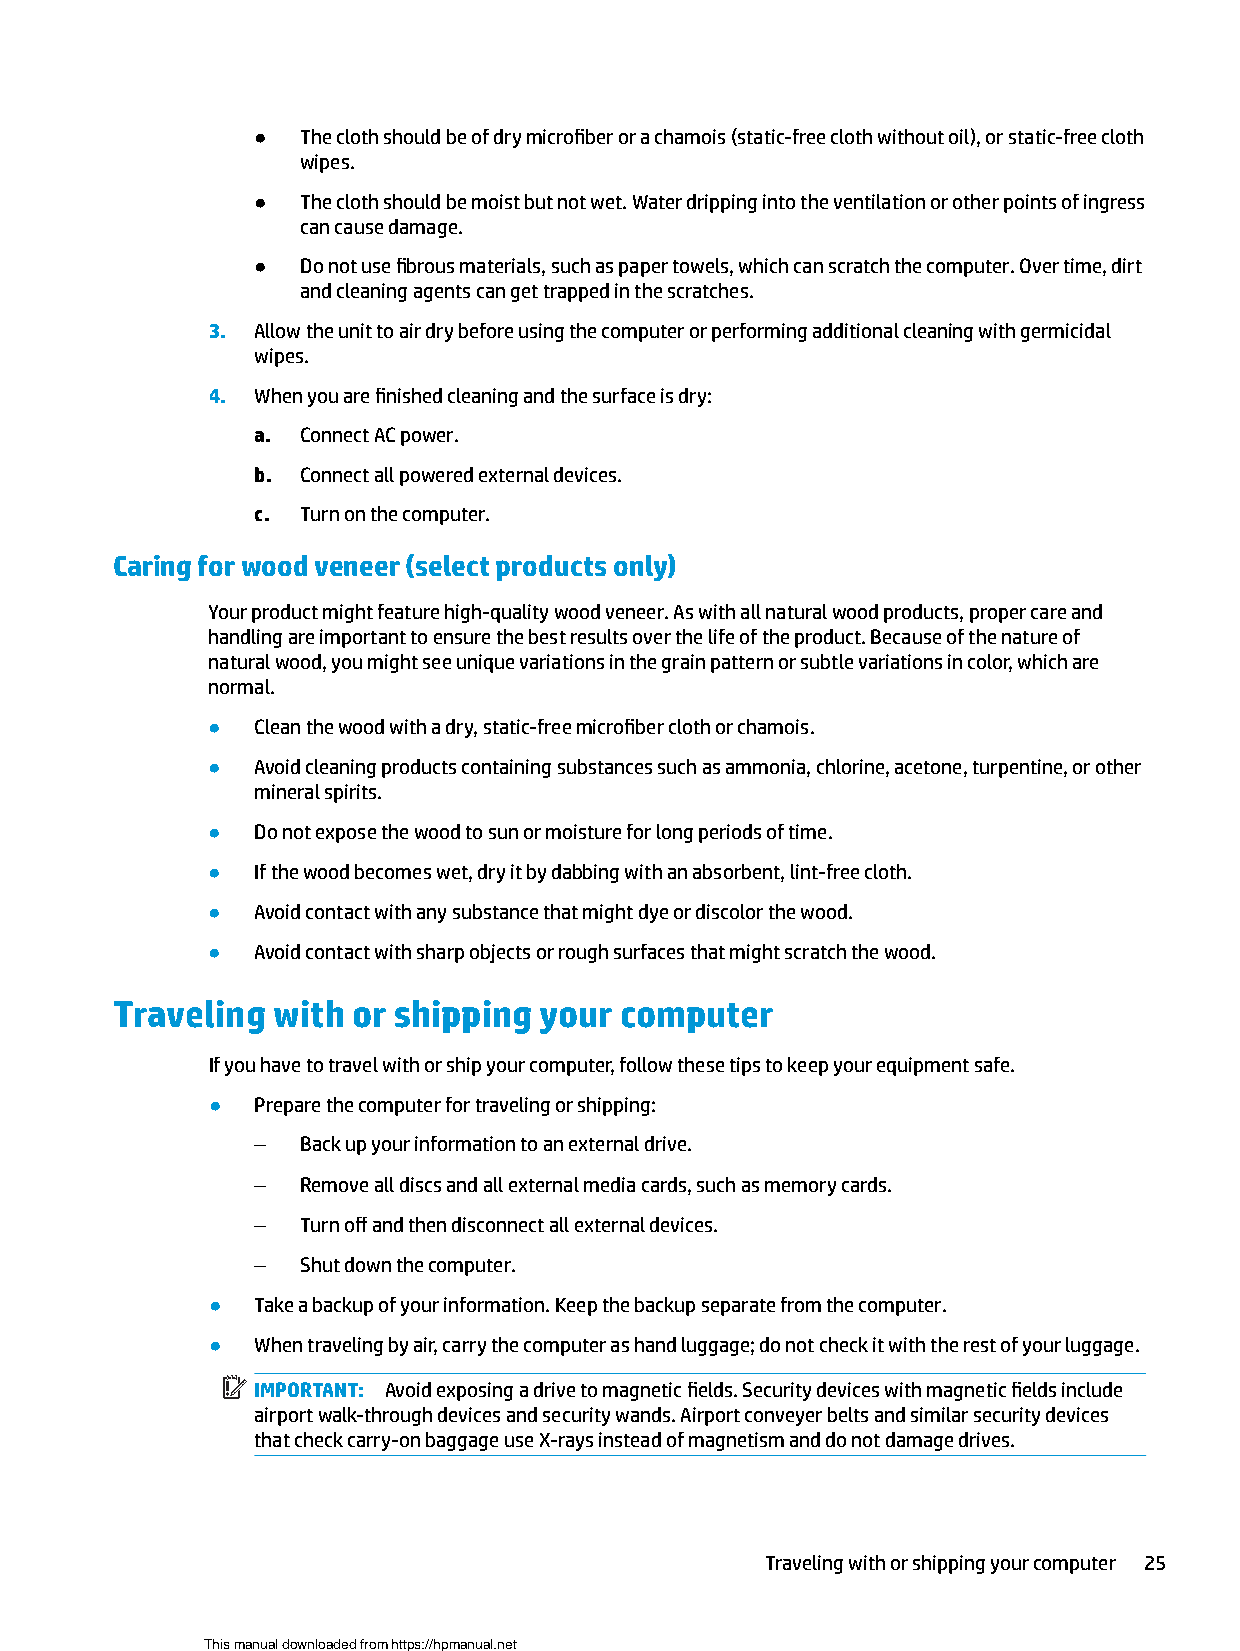
●  The cloth should be of dry microfiber or a chamois (static-free cloth without oil), or static-free cloth
 wipes.
 ●  The cloth should be moist but not wet. Water dripping into the ventilation or other points of ingress
 can cause damage.
 ●  Do not use fibrous materials, such as paper towels, which can scratch the computer. Over time, dirt
 and cleaning agents can get trapped in the scratches.
 3. Allow the unit to air dry before using the computer or performing additional cleaning with germicidal
 wipes.
 4. When you are finished cleaning and the surface is dry:
 a. Connect AC power.
 b. Connect all powered external devices.
 c. Turn on the computer.
 Caring for wood veneer (select products only)
 Your product might feature high-quality wood veneer. As with all natural wood products, proper care and
 handling are important to ensure the best results over the life of the product. Because of the nature of
 natural wood, you might see unique variations in the grain pattern or subtle variations in color, which are
 normal.
 ●  Clean the wood with a dry, static-free microfiber cloth or chamois.
 ●  Avoid cleaning products containing substances such as ammonia, chlorine, acetone, turpentine, or other
 mineral spirits.
 ●  Do not expose the wood to sun or moisture for long periods of time.
 ●  If the wood becomes wet, dry it by dabbing with an absorbent, lint-free cloth.
 ●  Avoid contact with any substance that might dye or discolor the wood.
 ●  Avoid contact with sharp objects or rough surfaces that might scratch the wood.
 Traveling  with or shipping  your computer
 If you have to travel with or ship your computer, follow these tips to keep your equipment safe.
 ●  Prepare the computer for traveling or shipping:
 –  Back up your information to an external drive.
 –  Remove all discs and all external media cards, such as memory cards.
 –  Turn off and then disconnect all external devices.
 –  Shut down the computer.
 ●  Take a backup of your information. Keep the backup separate from the computer.
 ●  When traveling by air, carry the computer as hand luggage; do not check it with the rest of your luggage.
 IMPORTANT: Avoid exposing a drive to magnetic fields. Security devices with magnetic fields include
 airport walk-through devices and security wands. Airport conveyer belts and similar security devices
 that check carry-on baggage use X-rays instead of magnetism and do not damage drives.
 Traveling with or shipping your computer 25
 This manual downloaded from https://hpmanual.net